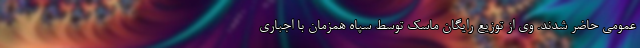
عمومی حاضر شدند. وی از توزیع رایگان ماسک توسط سپاه همزمان با اجباری